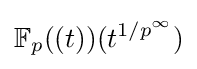
\mathbb {F} _{p}((t))(t^{1/p^{\infty }})